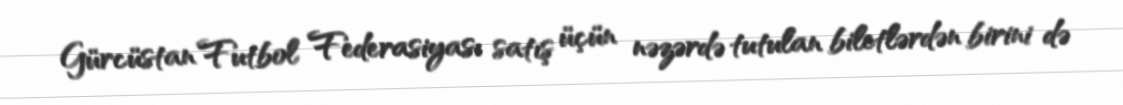
Gürcüstan Futbol Federasiyası satış üçün nəzərdə tutulan biletlərdən birini də